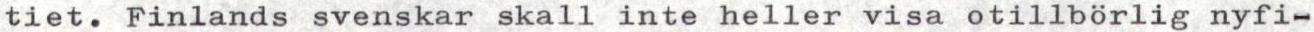
tiet. Finlands svenskar skall inte heller visa otillbörlig nyfi-